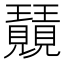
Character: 𭺕